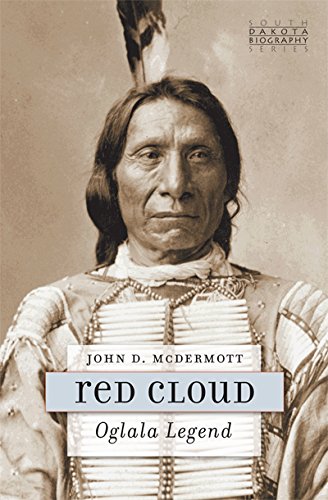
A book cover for Red Cloud: Oglala Legend (South Dakota Biography); John D. McDermott; Biographies & Memoirs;